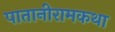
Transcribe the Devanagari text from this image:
पातानीरामकथा